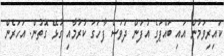
ކައިރިވަމުން އައި ބައްޕަގެ އުފަން ދުވަސް ފާހަގަ ކުރުމާއި ގުޅޭ ގޮތުން. އަހަރެން